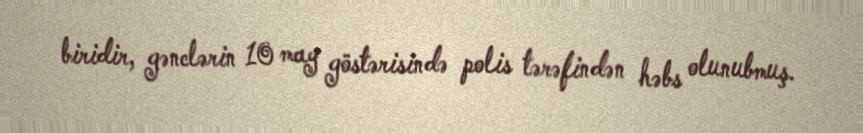
biridir, gənclərin 10 may göstərisində polis tərəfindən həbs olunubmuş.